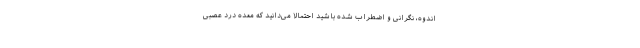
اندوه، نگرانی و اضطراب شده باشید احتمالا می‌دانید که معده درد عصبی